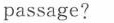
passage?